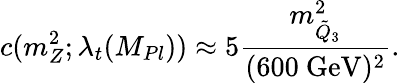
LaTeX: c(m_{Z}^{2};\lambda_{t}(M_{Pl}))\approx 5\frac{m_{\tilde{Q}_{3}}^{2}}{(\mathrm{600~GeV})^{2}}.